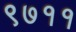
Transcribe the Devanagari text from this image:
९७११